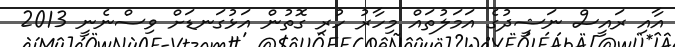
އާއި ރައީސް ނަޝީދުގެ އަމަލުތައް މިހާރު ހުރި ގޮތުން އަޅުގަނޑަށް ވިސްނެނީ 2013